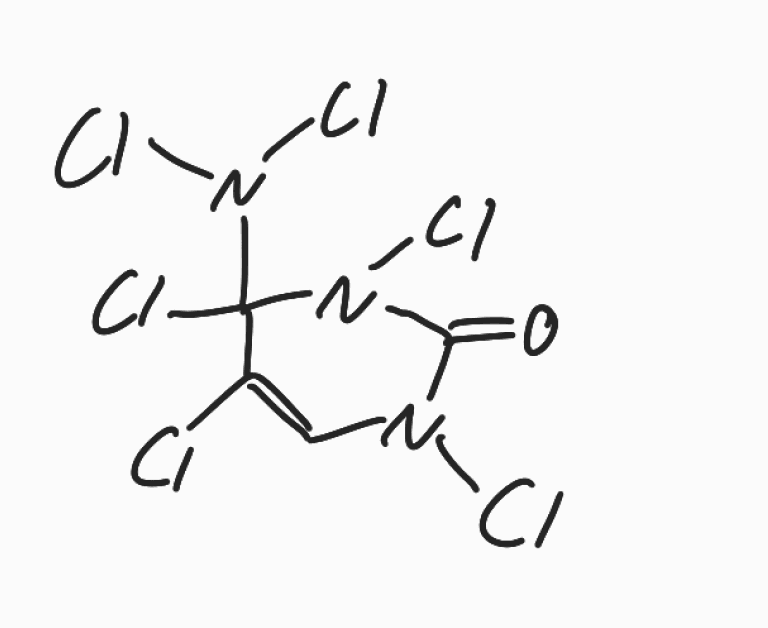
Simplified molecular-input line-entry system (SMILES) notation of the given molecule:
C1=C(C(N(C(=O)N1Cl)Cl)(N(Cl)Cl)Cl)Cl